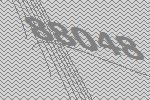
88048